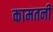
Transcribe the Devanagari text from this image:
कामतनी